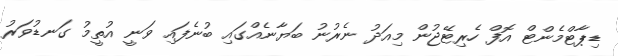
ޑިޕާޓްމެންޓް އޮފް ހެރިޓޭޖުން މިއަދު ނެރުނު ބަޔާނެއްގައި ބުނެފައި ވަނީ އުތީމު ގަނޑުވަރު